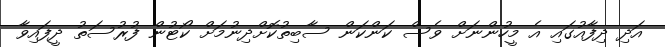
އަދި ދިފާއުގައި އެ މީހުންނަށް ވެސް ކަންކަން ސާބިތުކޮށްދިނުމަށް ކޯޓުން ފުރުސަތު ދީފައިވާ